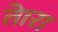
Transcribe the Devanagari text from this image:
तेारा